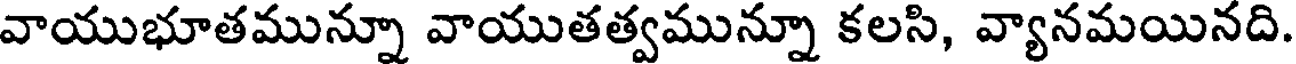
వాయుభూతమున్నూ వాయుతత్వమున్నూ కలసి, వ్యానమయినది.